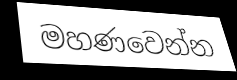
මහණවෙන්න